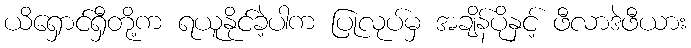
ယိရှောင်ရှီတို့က ရယူနိုင်ခဲ့ပါက ပြုလုပ်မှ အချိန်ပိုနှင့် ဖီလာဒဲဖီယား